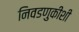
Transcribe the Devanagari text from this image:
निवडणुकीशी